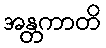
အန္တကာတိ